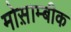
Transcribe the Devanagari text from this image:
मोस़ाम्बीक